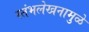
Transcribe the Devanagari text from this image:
स्तंभलेखनामुळे